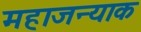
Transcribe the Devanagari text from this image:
महाजन्याक